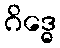
ဂိဒ္ဓေ